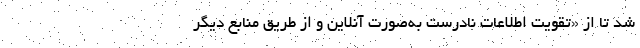
شد تا از «تقویت اطلاعات نادرست به‌صورت آنلاین و از طریق منابع دیگر